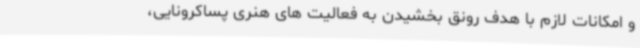
و امکانات لازم با هدف رونق بخشیدن به فعالیت های هنری پساکرونایی،‌